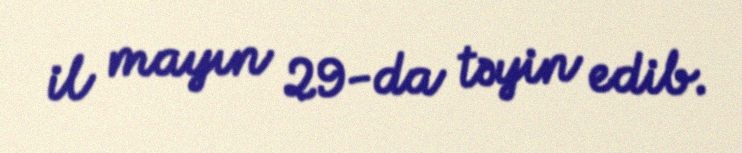
il mayın 29-da təyin edib.